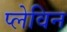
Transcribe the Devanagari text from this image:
प्लेविन